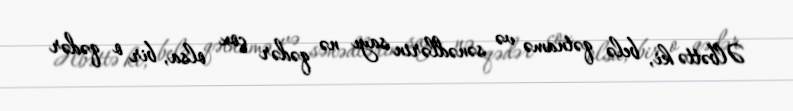
Əlbəttə ki, belə qətnamə və sənədlərin sayı nə qədər çox olsa, bir o qədər